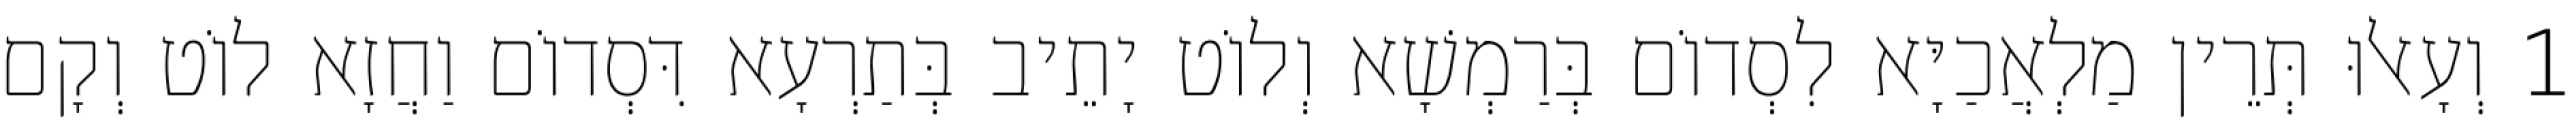
1 וְעָאלוּ תְּרֵין מַלְאֲכַיָּא לִסְדוֹם בְּרַמְשָׁא וְלוֹט יָתֵיב בְּתַרְעָא דִּסְדוֹם וַחֲזָא לוֹט וְקָם